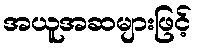
အယူအဆများဖြင့်